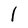
Character: l